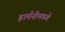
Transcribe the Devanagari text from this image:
हार्मनीमध्ये